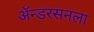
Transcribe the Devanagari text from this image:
ॲन्डरसनला